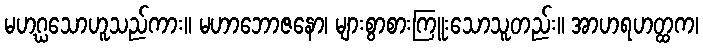
မဟဂ္ဃသောဟူသည်ကား။ မဟာဘောဇနော၊ များစွာစားကြူးသောသူတည်း။ အာဟရဟတ္ထက၊